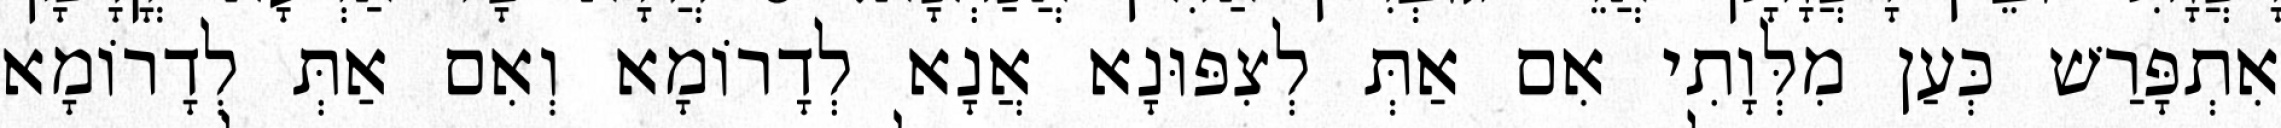
אִתְפָּרַשׁ כְּעַן מִלְּוָתִי אִם אַתְּ לְצִפּוּנָא אֲנָא לְדָרוֹמָא וְאִם אַתְּ לְדָרוֹמָא